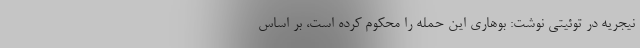
نیجریه در توئیتی نوشت: بوهاری این حمله را محکوم کرده است، بر اساس